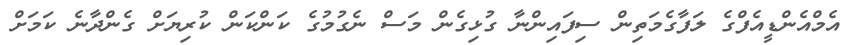
އެމްއެންޑީއެފްގެ ލަފާގެމަތިން ސިފައިންނާ ގުޅިގެން މަސް ނެގުމުގެ ކަންކަން ކުރިޔަށް ގެންދާނެ ކަމަށް